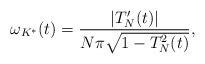
LaTeX: \begin{align*}\omega_{K^*}(t)=\frac{|T_N'(t)|}{N\pi\sqrt{1-T_N^2(t)}},\end{align*}